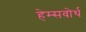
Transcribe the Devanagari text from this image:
हेम्सवोर्थ